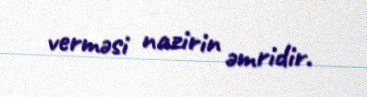
verməsi nazirin əmridir.